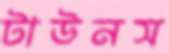
টাউনস